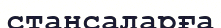
стансаларға